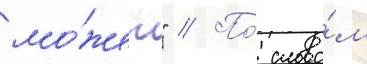
мо́жет" // По́ слова́м